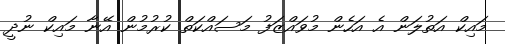
މައިކް އަތުލަން އެ އަހެން މުވައްޒަފު މަސައްކަތް ކުރުމުން އޭނާ މައިކް ނުދީ